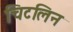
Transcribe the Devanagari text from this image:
चिटलिन